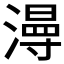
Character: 𱨮